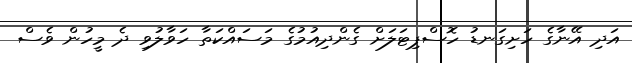
އަދި އޭނާގެ ހަށިގަނޑު ހޮސްޕިޓަލަށް ގެންދިއުމުގެ މަސައްކަތާ ހަވާލުވި ދެ މީހުން ވެސް